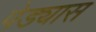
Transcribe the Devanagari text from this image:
पेड्यास